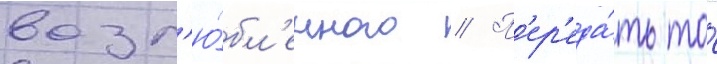
возл'ю́бл'енного // П'ер'еда́ть то́